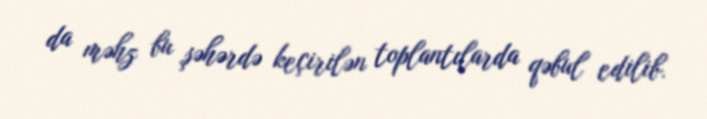
da məhz bu şəhərdə keçirilən toplantılarda qəbul edilib.